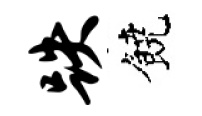
跌饒